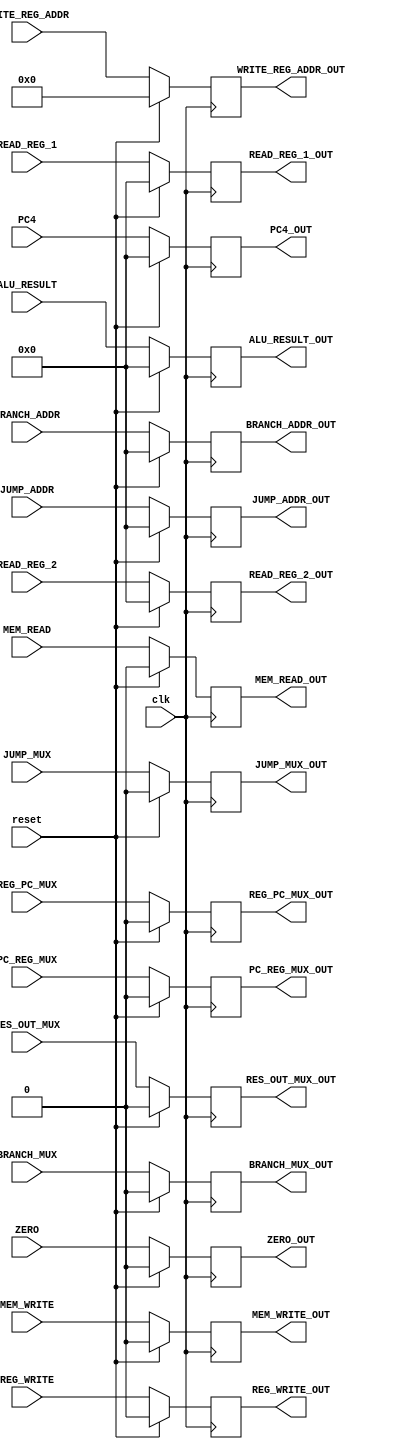
`timescale 1ns / 1ps 
//////////////////////////////////////////////////////////////////////////////////
// Company:
// Engineer:
//
// Design Name:
// Module Name: EXE_MEM
// Project Name:
// Target Devices:
// Tool Versions:
// Description:
//
// Dependencies:
//
// Revision:
// Revision 0.01 - File Created
// Additional Comments:
//
//////////////////////////////////////////////////////////////////////////////////


module EXE_MEM(
           input reset,
           input clk,
           input RES_OUT_MUX,
           input REG_WRITE,
           input MEM_READ,
           input MEM_WRITE,
           input BRANCH_MUX,
           input JUMP_MUX,
           input PC_REG_MUX,
           input REG_PC_MUX,
           input [31: 0] JUMP_ADDR,
           input [4: 0] WRITE_REG_ADDR,
           input [31: 0] READ_REG_1,
           input [31: 0] READ_REG_2,
           input ZERO,
           input [31: 0] ALU_RESULT,
           input [31: 0] BRANCH_ADDR,
           input [31: 0] PC4,
           output reg RES_OUT_MUX_OUT,
           output reg REG_WRITE_OUT,
           output reg MEM_READ_OUT,
           output reg MEM_WRITE_OUT,
           output reg BRANCH_MUX_OUT,
           output reg JUMP_MUX_OUT,
           output reg PC_REG_MUX_OUT,
           output reg REG_PC_MUX_OUT,
           output reg [31: 0] JUMP_ADDR_OUT,
           output reg [4: 0] WRITE_REG_ADDR_OUT,
           output reg [31: 0] READ_REG_1_OUT,
           output reg [31: 0] READ_REG_2_OUT,
           output reg ZERO_OUT,
           output reg [31: 0] ALU_RESULT_OUT,
           output reg [31: 0] BRANCH_ADDR_OUT,
           output reg [31: 0] PC4_OUT
       );

always @(posedge clk) begin
    // $stop;

    if (reset) begin
        RES_OUT_MUX_OUT = 0;
        REG_WRITE_OUT = 0;
        MEM_READ_OUT = 0;
        MEM_WRITE_OUT = 0;
        BRANCH_MUX_OUT = 0;
        JUMP_MUX_OUT = 0;
        PC_REG_MUX_OUT = 0;
        REG_PC_MUX_OUT = 0;
        JUMP_ADDR_OUT = 0;
        WRITE_REG_ADDR_OUT = 0;
        READ_REG_1_OUT = 0;
        READ_REG_2_OUT = 0;
        ZERO_OUT = 0;
        ALU_RESULT_OUT = 0;
        BRANCH_ADDR_OUT = 0;
        PC4_OUT = 0;
    end
    else begin
        RES_OUT_MUX_OUT = RES_OUT_MUX;
        REG_WRITE_OUT = REG_WRITE;
        MEM_READ_OUT = MEM_READ;
        MEM_WRITE_OUT = MEM_WRITE;
        BRANCH_MUX_OUT = BRANCH_MUX;
        JUMP_MUX_OUT = JUMP_MUX;
        PC_REG_MUX_OUT = PC_REG_MUX;
        REG_PC_MUX_OUT = REG_PC_MUX;
        JUMP_ADDR_OUT = JUMP_ADDR;
        WRITE_REG_ADDR_OUT = WRITE_REG_ADDR;
        READ_REG_1_OUT = READ_REG_1;
        READ_REG_2_OUT = READ_REG_2;
        ZERO_OUT = ZERO;
        ALU_RESULT_OUT = ALU_RESULT;
        BRANCH_ADDR_OUT = BRANCH_ADDR;
        PC4_OUT = PC4;
    end
end

endmodule